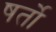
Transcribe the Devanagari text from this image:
षर्तो